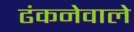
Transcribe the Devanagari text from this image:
ढंकनेवाले